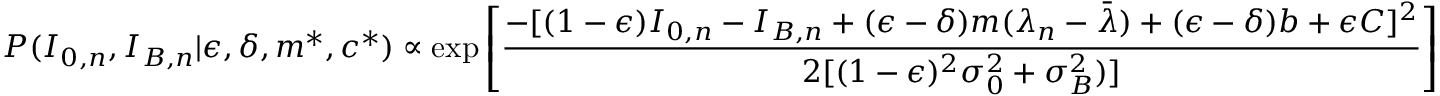
P ( I _ { 0 , n } , I _ { B , n } | \epsilon , \delta , m ^ { * } , c ^ { * } ) \propto \exp \left[ \frac { - [ ( 1 - \epsilon ) I _ { 0 , n } - I _ { B , n } + ( \epsilon - \delta ) m ( \lambda _ { n } - \bar { \lambda } ) + ( \epsilon - \delta ) b + \epsilon C ] ^ { 2 } } { 2 [ ( 1 - \epsilon ) ^ { 2 } \sigma _ { 0 } ^ { 2 } + \sigma _ { B } ^ { 2 } ) ] } \right]